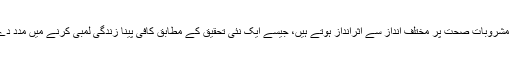
کیفین والے مشروبات صحت پر مختلف انداز سے اثرانداز ہوتے ہیں، جیسے ایک نئی تحقیق کے مطابق کافی پینا زندگی لمبی کرنے میں مدد دے سکتا ہے۔